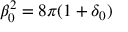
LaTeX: \beta _ { 0 } ^ { 2 } = 8 \pi ( 1 + \delta _ { 0 } )